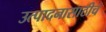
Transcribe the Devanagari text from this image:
उत्पादनासाठीच